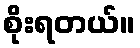
စိုးရတယ်။